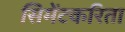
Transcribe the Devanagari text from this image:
सिमेंटकरिता